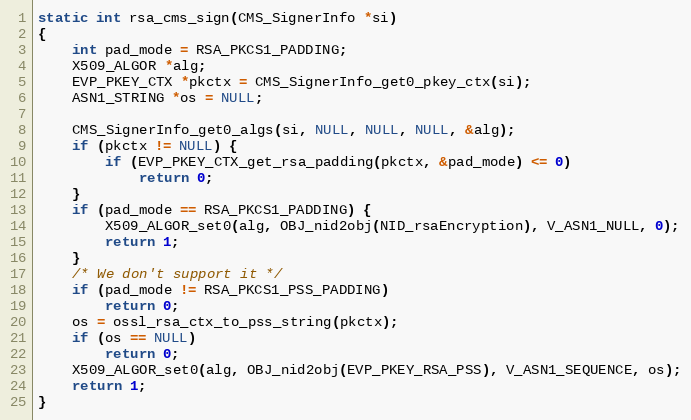
Language: C
static int rsa_cms_sign(CMS_SignerInfo *si)
{
    int pad_mode = RSA_PKCS1_PADDING;
    X509_ALGOR *alg;
    EVP_PKEY_CTX *pkctx = CMS_SignerInfo_get0_pkey_ctx(si);
    ASN1_STRING *os = NULL;

    CMS_SignerInfo_get0_algs(si, NULL, NULL, NULL, &alg);
    if (pkctx != NULL) {
        if (EVP_PKEY_CTX_get_rsa_padding(pkctx, &pad_mode) <= 0)
            return 0;
    }
    if (pad_mode == RSA_PKCS1_PADDING) {
        X509_ALGOR_set0(alg, OBJ_nid2obj(NID_rsaEncryption), V_ASN1_NULL, 0);
        return 1;
    }
    /* We don't support it */
    if (pad_mode != RSA_PKCS1_PSS_PADDING)
        return 0;
    os = ossl_rsa_ctx_to_pss_string(pkctx);
    if (os == NULL)
        return 0;
    X509_ALGOR_set0(alg, OBJ_nid2obj(EVP_PKEY_RSA_PSS), V_ASN1_SEQUENCE, os);
    return 1;
}